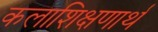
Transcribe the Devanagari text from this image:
कलाशिक्षणार्थ